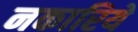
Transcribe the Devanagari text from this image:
नकारिये